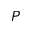
P